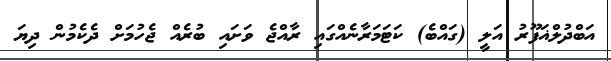
އަބްދުލްޣަފޫރު އަލީ (ގައްބެ) ކަޓަމަރާނެއްގައި ރާއްޖެ ވަށައި ބުރެއް ޖެހުމަށް ދެކެމުން ދިޔަ